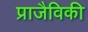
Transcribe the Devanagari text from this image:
प्राजैविकी